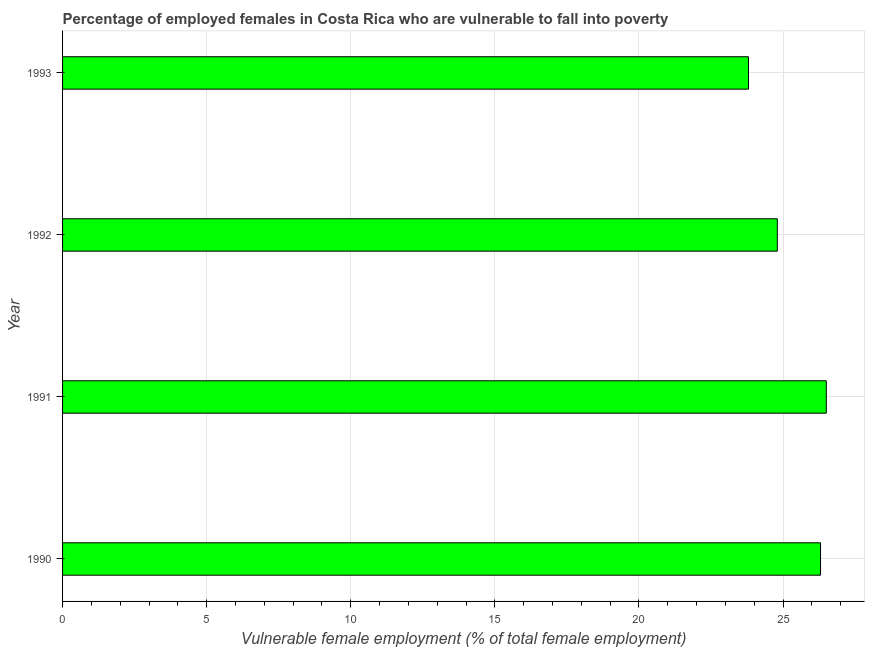
| Year | Percentage of employed females who are vulnerable to fall into poverty |
 | --- | --- |
 | 1990 | 26.3 |
 | 1991 | 26.5 |
 | 1992 | 24.8 |
 | 1993 | 23.8 |